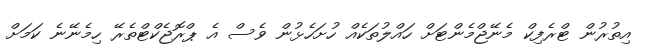
އިތުރުން ޓްރެފިކް މެނޭޖްމެންޓަށް ހައްލުތަކެއް ހުށަހެޅުން ވެސް އެ ޕްރޮޖެކްޓްތެރޭ ހިމެނޭނެ ކަމަށް